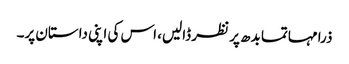
ذرا مہاتما بدھ پر نظر ڈالیں، اس کی اپنی داستان پر۔